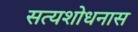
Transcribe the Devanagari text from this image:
सत्यशोधनास